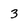
Character: 3